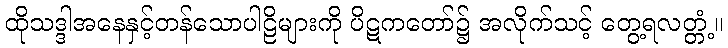
ထိုသဒ္ဒါအနေနှင့်တန်သောပါဠိများကို ပိဋကတော်၌ အလိုက်သင့် တွေ့ရလတ္တံ့။